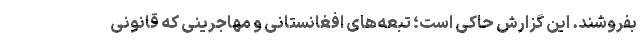
بفروشند. این گزارش حاکی است؛ تبعه‌های افغانستانی و مهاجرینی که قانونی